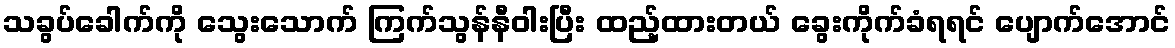
သခွပ်ခေါက်ကို သွေးသောက် ကြက်သွန်နီဝါးပြီး ထည့်ထားတယ် ခွေးကိုက်ခံရရင် ပျောက်အောင်